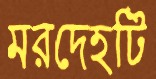
মরদেহটি